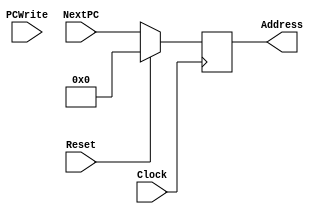
module pc(Clock, PCWrite, Address, NextPC, Reset);
	input PCWrite, Clock, Reset;
	input [7:0]NextPC;
	
	output reg [7:0]Address;
	
	always @(posedge Clock) begin
			if(Reset)
				Address <= 0; 
			else
				Address <= NextPC;
				
	end
	
endmodule